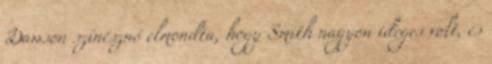
Dawson színésznő elmondta, hogy Smith nagyon ideges volt, és